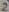
Text: 2